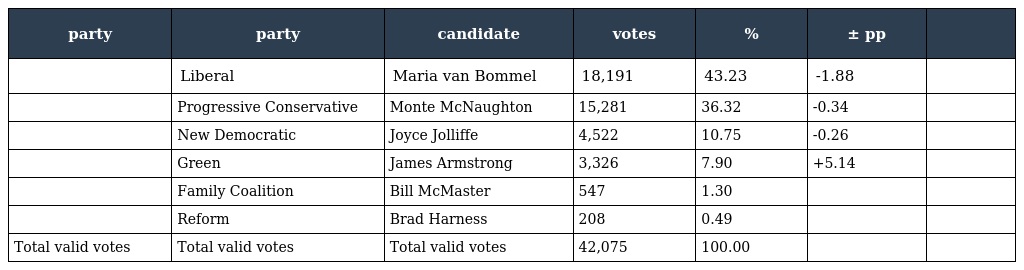
| party | party | candidate | votes | % | ± pp |  |
 | --- | --- | --- | --- | --- | --- | --- |
 |  | Liberal | Maria van Bommel | 18,191 | 43.23 | -1.88 |  |
 |  | Progressive Conservative | Monte McNaughton | 15,281 | 36.32 | -0.34 |  |
 |  | New Democratic | Joyce Jolliffe | 4,522 | 10.75 | -0.26 |  |
 |  | Green | James Armstrong | 3,326 | 7.90 | +5.14 |  |
 |  | Family Coalition | Bill McMaster | 547 | 1.30 |  |  |
 |  | Reform | Brad Harness | 208 | 0.49 |  |  |
 | Total valid votes | Total valid votes | Total valid votes | 42,075 | 100.00 |  |  |